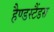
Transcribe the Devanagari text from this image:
हैण्डस्टैंडस